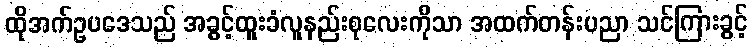
ထိုအက်ဥပဒေသည် အခွင့်ထူးခံလူနည်းစုလေးကိုသာ အထက်တန်းပညာ သင်ကြားခွင့်